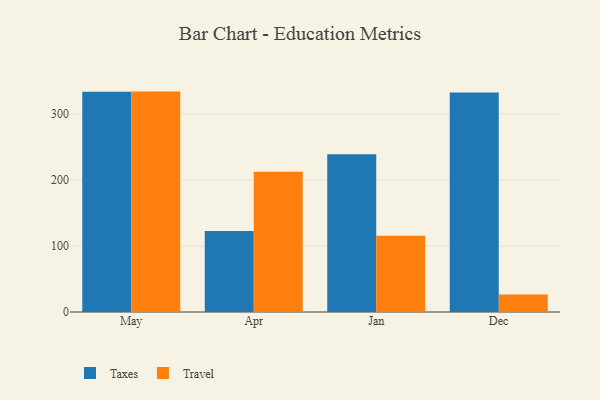
{"axis": {"x": "Month", "y": "Temperature (°C)"}, "legend": ["Taxes", "Travel"], "data": [{"x": "May", "y": 333.5, "type": "Taxes"}, {"x": "May", "y": 333.9, "type": "Travel"}, {"x": "Apr", "y": 122.9, "type": "Taxes"}, {"x": "Apr", "y": 212.5, "type": "Travel"}, {"x": "Jan", "y": 238.8, "type": "Taxes"}, {"x": "Jan", "y": 115.7, "type": "Travel"}, {"x": "Dec", "y": 332.4, "type": "Taxes"}, {"x": "Dec", "y": 26.7, "type": "Travel"}]}